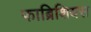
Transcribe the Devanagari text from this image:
फाब्रिशियस